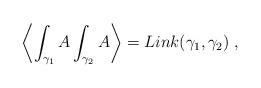
LaTeX: \begin{align*}\left\langle \int_{\gamma _1}A\int_{\gamma _2}A\right\rangle =Link(\gamma_1,\gamma _2)\;, \end{align*}